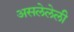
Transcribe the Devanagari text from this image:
असलेलेली